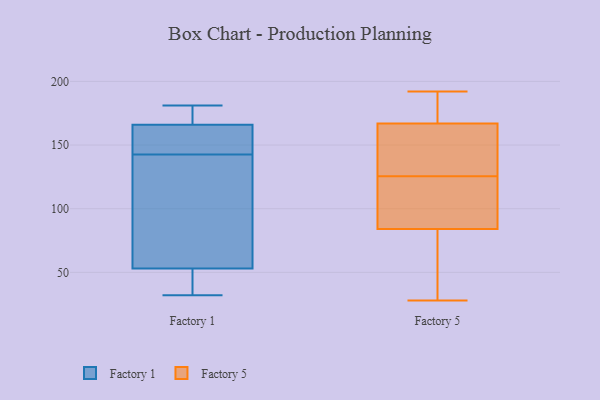
{"axis": {"x": "Waste Production (Tons)", "y": "Value"}, "legend": ["Factory 1", "Factory 5"], "data": [{"x": "", "y": 173, "type": "Factory 1"}, {"x": "", "y": 136, "type": "Factory 1"}, {"x": "", "y": 34, "type": "Factory 1"}, {"x": "", "y": 32, "type": "Factory 1"}, {"x": "", "y": 47, "type": "Factory 1"}, {"x": "", "y": 53, "type": "Factory 1"}, {"x": "", "y": 181, "type": "Factory 1"}, {"x": "", "y": 129, "type": "Factory 1"}, {"x": "", "y": 159, "type": "Factory 1"}, {"x": "", "y": 151, "type": "Factory 1"}, {"x": "", "y": 117, "type": "Factory 1"}, {"x": "", "y": 166, "type": "Factory 1"}, {"x": "", "y": 149, "type": "Factory 1"}, {"x": "", "y": 168, "type": "Factory 1"}, {"x": "", "y": 94, "type": "Factory 5"}, {"x": "", "y": 167, "type": "Factory 5"}, {"x": "", "y": 80, "type": "Factory 5"}, {"x": "", "y": 116, "type": "Factory 5"}, {"x": "", "y": 84, "type": "Factory 5"}, {"x": "", "y": 135, "type": "Factory 5"}, {"x": "", "y": 173, "type": "Factory 5"}, {"x": "", "y": 28, "type": "Factory 5"}, {"x": "", "y": 148, "type": "Factory 5"}, {"x": "", "y": 192, "type": "Factory 5"}]}